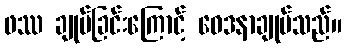
ဖဿ ချုပ်ခြင်းကြောင့် ဝေဒနာချုပ်သည်။